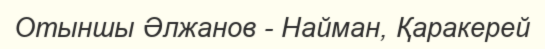
Отыншы Әлжанов - Найман, Қаракерей